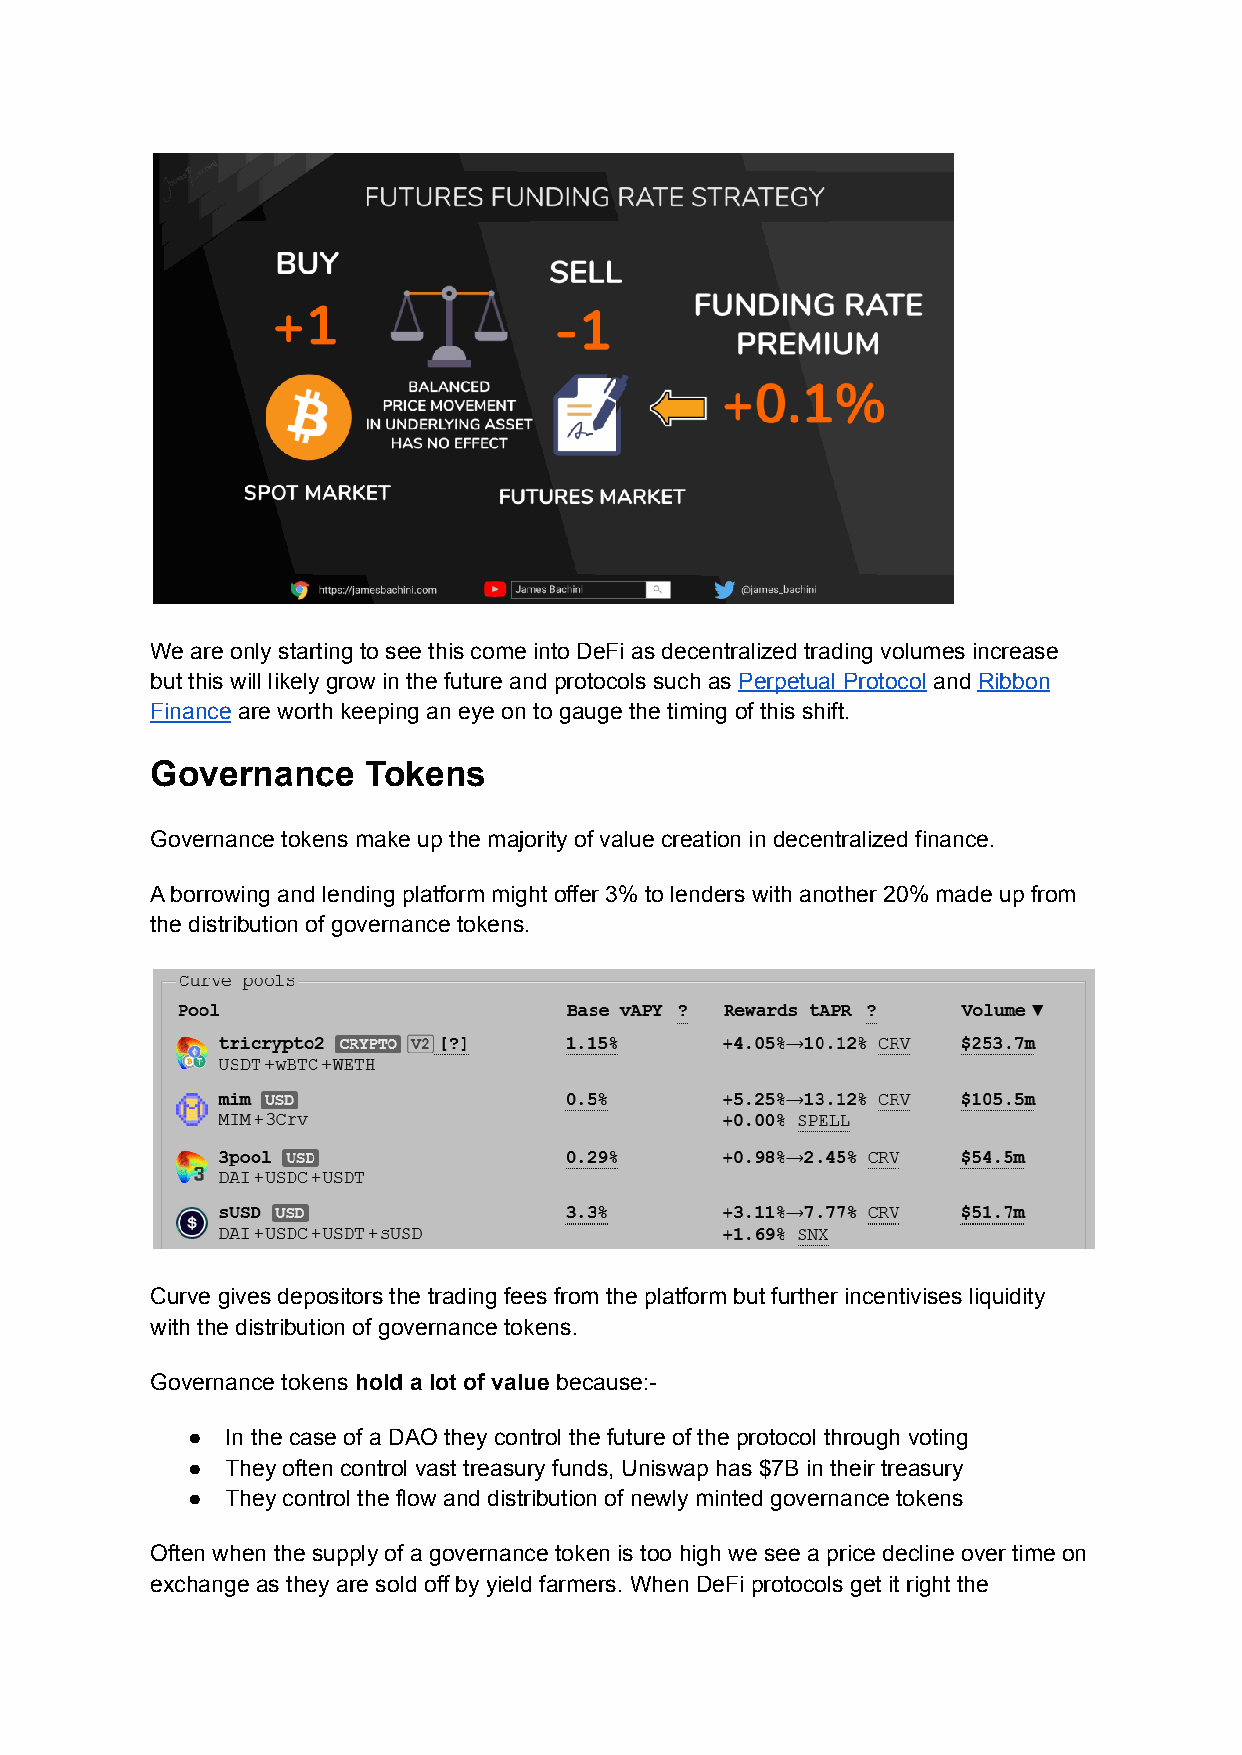
We are only starting to see this come into DeFi as decentralized trading volumes increase
 but this will likely grow in the future and protocols such as Perpetual Protocol and Ribbon
 Finance are worth keeping an eye on to gauge the timing of this shift.
 Governance    Tokens
 Governance tokens make up the majority of value creation in decentralized finance.
 A borrowing and lending platform might offer 3% to lenders with another 20% made up from
 the distribution of governance tokens.
 Curve gives depositors the trading fees from the platform but further incentivises liquidity
 with the distribution of governance tokens.
 Governance tokens hold a lot of value because:-
 ●  In the case of a DAO they control the future of the protocol through voting
 ●  They often control vast treasury funds, Uniswap has $7B in their treasury
 ●  They control the flow and distribution of newly minted governance tokens
 Often when the supply of a governance token is too high we see a price decline over time on
 exchange as they are sold off by yield farmers. When DeFi protocols get it right the